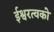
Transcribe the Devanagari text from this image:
ईश्वरत्वको